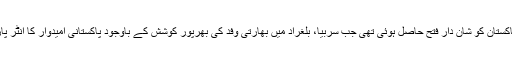
یاد رہے کہ پارلیمانی سفارت کاری کے میدان میں گزشتہ دنوں پاکستان کو شان دار فتح حاصل ہوئی تھی جب سربیا، بلغراد میں بھارتی وفد کی بھرپور کوشش کے باوجود پاکستانی امیدوار کا انٹر پارلیمانی یونین کی مجلس عاملہ کے لیے انتخاب عمل میں آ گیا تھا۔